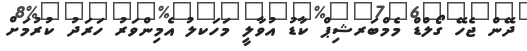
ދޭން ޖެހޭ ގޯލްޑް މެމްބަރޝިޕް ކާޑު އުވާލީ މަހަކލު އެމިންވަރު ހަރަދު ކުރުމަށް